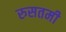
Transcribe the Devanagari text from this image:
रुसतमी